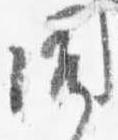
聞